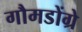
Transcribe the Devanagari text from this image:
गौमडोंग्रे